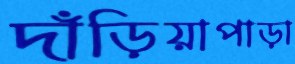
দাঁড়িয়াপাড়া